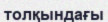
толқындағы